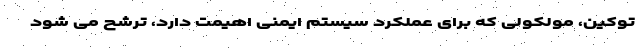
توکین، مولکولی که برای عملکرد سیستم ایمنی اهیمت دارد، ترشح می شود